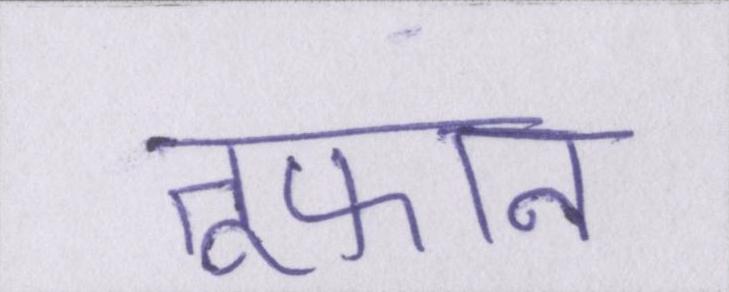
तूफान